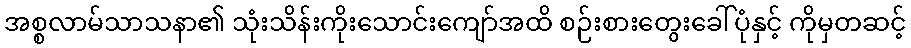
အစ္စလာမ်သာသနာ၏ သုံးသိန်းကိုးသောင်းကျော်အထိ စဉ်းစားတွေးခေါ်ပုံနှင့် ကိုမှတဆင့်